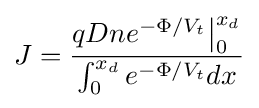
J={\frac {qDne^{-\Phi /V_{t}}{\big |}_{0}^{x_{d}}}{\int _{0}^{x_{d}}e^{-\Phi /V_{t}}dx}}